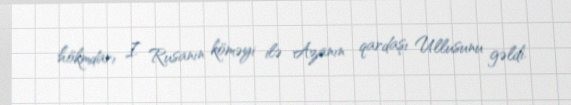
hökmdarı I Rusanın köməyi ilə Azanın qardaşı Ullusunu gəldi.